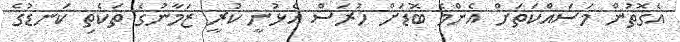
އެގޮތުން މަސައްކަތަށް އެންމެ ބޮޑަށް ހުރަސް އެޅުނީ ކުރީ ޒަމާނުގެ ތަކެތި ކަނޑުގެ